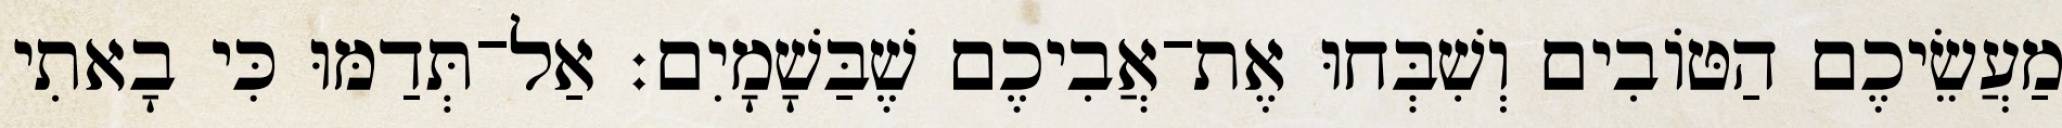
מַעֲשֵׂיכֶם הַטּוֹבִים וְשִׁבְּחוּ אֶת־אֲבִיכֶם שֶׁבַּשָׁמָיִם׃ אַל־תְּדַמּוּ כִּי בָאתִי